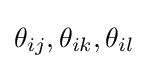
\theta _{ij},\theta _{ik},\theta _{il}